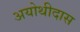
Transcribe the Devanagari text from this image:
अयोथीदास